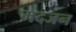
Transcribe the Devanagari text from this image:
मदजन